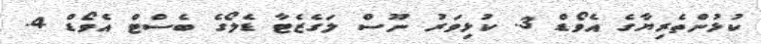
ކުޅުންތެރިޔާގެ އެވޯޑް 3. ކުޅިވަރު ނޫސް ލަގެޒެޓާ ޑެލޯގެ ބެސްޓް އެވޯޑް 4.